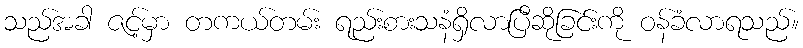
သည်အခါ ဇင့်မှာ တကယ်တမ်း ရည်းစားသနံရှိလာပြီဆိုခြင်းကို ဝန်ခံလာရသည်။